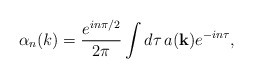
\begin{align*}\alpha_n(k) =\frac{e^{in\pi/2}}{2\pi}\int{d\tau\,a({\bf k})e^{-in\tau}},\end{align*}